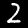
Label: 2